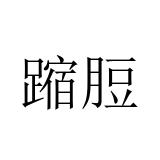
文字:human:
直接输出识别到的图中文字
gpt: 蹜脰